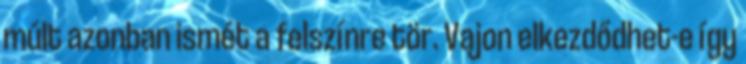
múlt azonban ismét a felszínre tör. Vajon elkezdődhet-e így